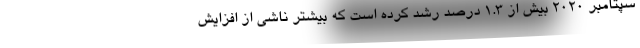
سپتامبر 2020 بیش از 1.3 درصد رشد کرده است که بیشتر ناشی از افزایش